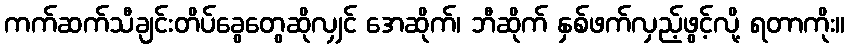
ကက်ဆက်သီချင်းတိပ်ခွေတွေဆိုလျှင် အေဆိုက်၊ ဘီဆိုက် နှစ်ဖက်လှည့်ဖွင့်လို့ ရတာကိုး။